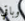
وباقي